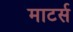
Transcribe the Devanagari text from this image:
माटर्स